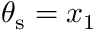
\theta _ { \mathrm { s } } = x _ { 1 }